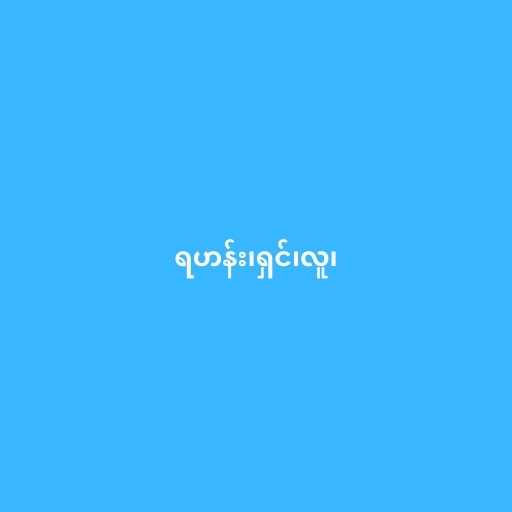
ရဟန်း၊ရှင်၊လူ၊